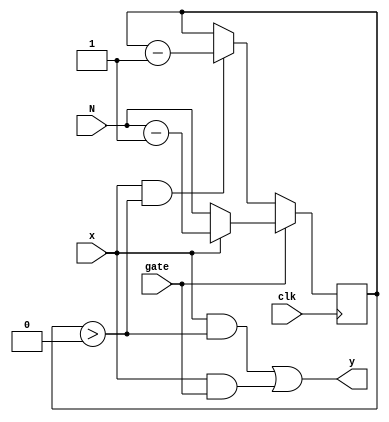
module digitizer_gating_logic(clk, //
               N,   // Input -- number of clocks to stretch by
               x,   // Input -- input pulse train
               gate,
               y   // Output signal
              );
  // Input ports
  input clk;
  input [31:0] N;
  input x;
  input gate;

  // Output ports
  output y;

  // Input port data types
  wire clk;
  wire [31:0] N;
  wire x;
  wire gate;

  // Ouput port data type
  wire y;

  reg [31:0] n_pulses_left_to_emit = 0;
  always @(posedge clk) begin
    if (gate == 1) begin
        if (x==1)
          n_pulses_left_to_emit <= N - 1;
        else
          n_pulses_left_to_emit <= N;
      end
    else begin
      // gate = 00. If x==1 then emit (via the assignment) and decriment
      if ((x==1) && (n_pulses_left_to_emit > 0))
        n_pulses_left_to_emit <= n_pulses_left_to_emit - 1;
    end
  end

  assign y = (x & (n_pulses_left_to_emit > 0)) | (x&gate);

endmodule